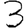
Digit: 3